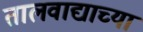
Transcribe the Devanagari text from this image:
तालवाद्याच्या